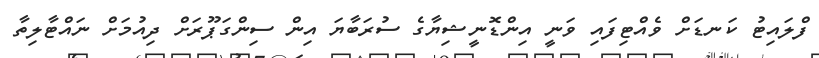
ފްލައިޓު ކަނޑަށް ވެއްޓިފައި ވަނީ އިންޑޮނީޝިޔާގެ ސުރަބާޔަ އިން ސިންގަޕޫރަށް ދިއުމަށް ނައްޓާލިތާ